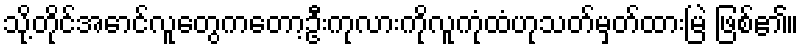
သို့တိုင်အောင်လူတွေကတော့ဦးကုလားကိုလူကုံထံဟုသတ်မှတ်ထားမြဲ ဖြစ်၏။